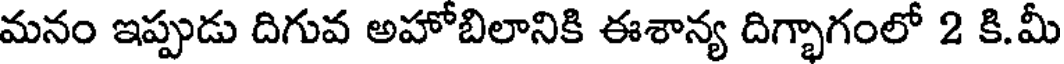
మనం ఇప్పుడు దిగువ అహోబిలానికి ఈశాన్య దిగ్భాగంలో 2 కి.మీ